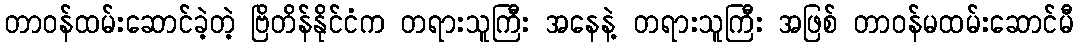
တာဝန်ထမ်းဆောင်ခဲ့တဲ့ ဗြိတိန်နိုင်ငံက တရားသူကြီး အနေနဲ့ တရားသူကြီး အဖြစ် တာဝန်မထမ်းဆောင်မီ